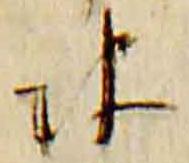
彼